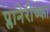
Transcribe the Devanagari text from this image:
प्लानेरोच्का